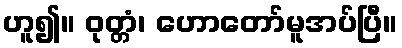
ဟူ၍။ ဝုတ္တံ၊ ဟောတော်မူအပ်ပြီ။